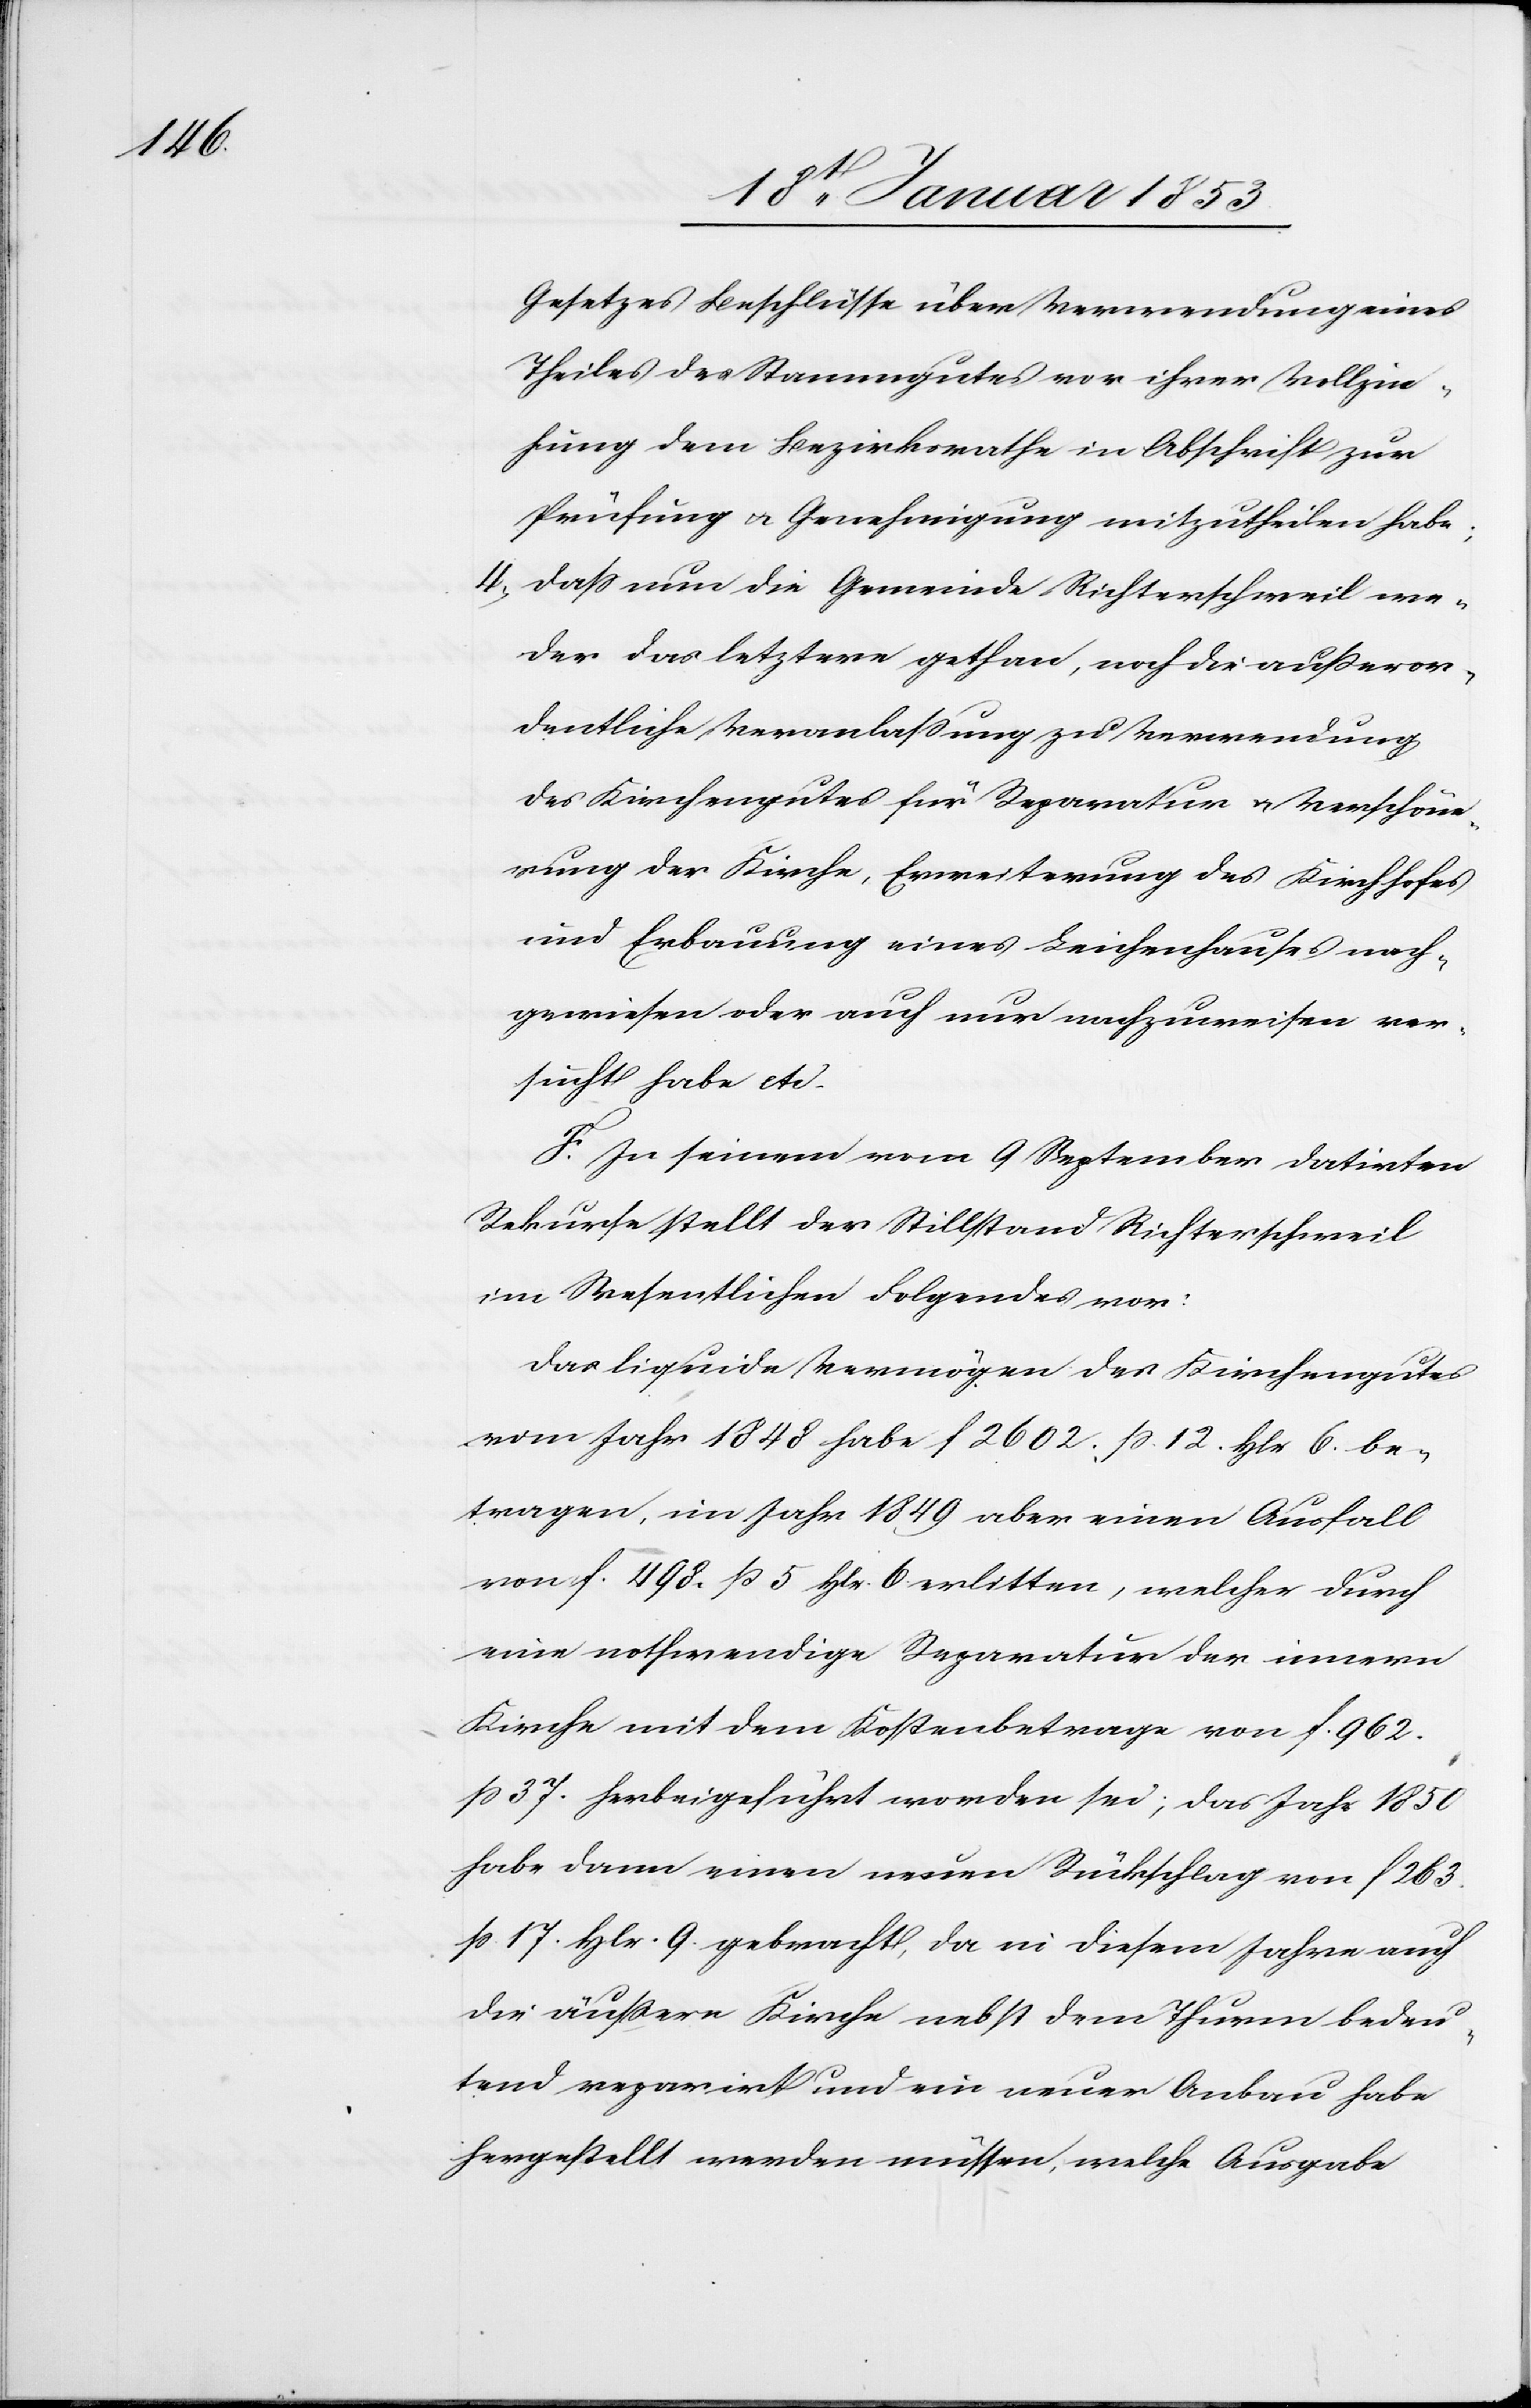
Gesetzes Beschlüsse über Verwendung eines
Theiles des Stammesgutes vor ihrer Vollzie¬
hung dem Bezirksrathe in Abschrift zur
Prüfung u. Genehmigung mitzutheilen habe;
4, Daß nun die Gemeinde Richterschweil we¬
der das letztere gethan, noch die außeror¬
dentliche Veranlaßung zu Verwendung
des Kirchengutes für Reparatur u. Verschöne¬
rung der Kirche, Erweiterung des Kirchhofes
und Erbauung eines Leichenhauses nach¬
gewiesen oder auch nur nachzuweisen ver¬
sucht habe etc.
F. In seinem vom 9 September datirten
Rekurse stellt der Stillstand Richterschweil
im Wesentlichen Folgendes vor:
Das liquide Vermögen des Kirchengutes
vom Jahr 1848 habe f. 2602. ß 12. Hlr. 6. be¬
tragen, im Jahr 1849 aber einen Ausfall
von f. 498 ß 5. Hlr. 6 erlitten, welcher durch
eine nothwendige Reparatur der innern
Kirche mit dem Kostenbetrage von f. 962.
ß 37. herbeigeführt worden sei; das Jahr 1850
habe dann einen neuen Rückschlag von f. 263
ß 17. Hlr. 9 gebracht, da in diesem Jahre auch
die äußere Kirche nebst dem Thurm bedeu¬
tend reparirt und ein neuer Anbau habe
hergestellt werden müssen, welche Ausgabe